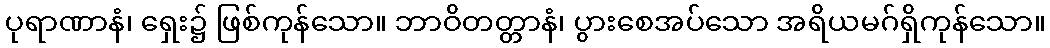
ပုရာဏာနံ၊ ရှေး၌ ဖြစ်ကုန်သော။ ဘာဝိတတ္တာနံ၊ ပွားစေအပ်သော အရိယမဂ်ရှိကုန်သော။